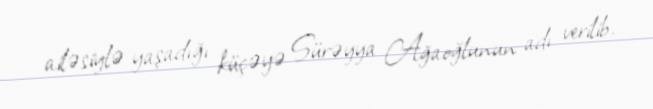
ailəsiylə yaşadığı küçəyə Sürəyya Ağaoğlunun adı verilib.